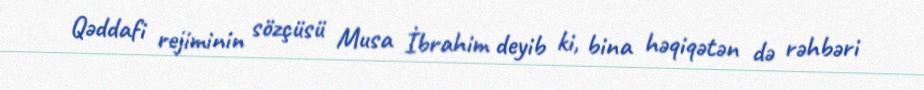
Qəddafi rejiminin sözçüsü Musa İbrahim deyib ki, bina həqiqətən də rəhbəri